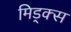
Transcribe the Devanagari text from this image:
मिड्क्स